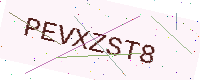
Text: PEVXZST8